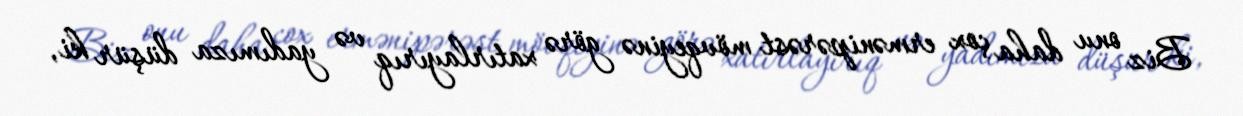
Biz onu daha çox ermənipərəst mövqeyinə görə xatırlayırıq və yadımıza düşür ki,